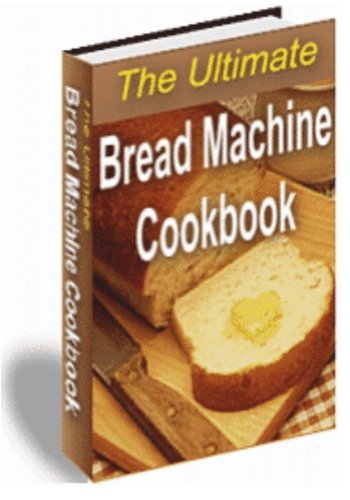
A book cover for The Ultimate Bread Machine Cookbook; Mr Nishant K Baxi; Cookbooks, Food & Wine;